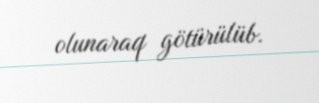
olunaraq götürülüb.